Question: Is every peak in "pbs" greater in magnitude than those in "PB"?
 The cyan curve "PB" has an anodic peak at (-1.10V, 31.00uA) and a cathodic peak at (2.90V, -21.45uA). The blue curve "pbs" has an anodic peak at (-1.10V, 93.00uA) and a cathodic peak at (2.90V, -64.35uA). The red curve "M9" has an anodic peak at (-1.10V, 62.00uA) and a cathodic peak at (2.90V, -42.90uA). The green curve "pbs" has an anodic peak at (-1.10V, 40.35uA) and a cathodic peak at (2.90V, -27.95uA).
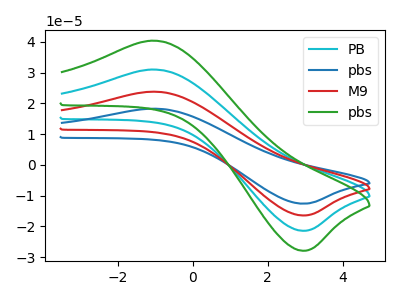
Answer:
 <answer>Every peak in "pbs" is higher than every peak in "PB".</answer>
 <eval>higher</eval>